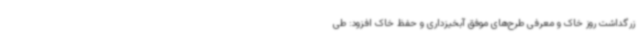
زرگداشت روز خاک و معرفی طرح‌های موفق آبخیزداری و حفظ خاک افزود: طی